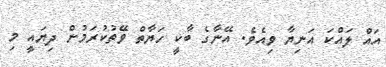
އައް ލައްކަ އަނިޔާ ވިއެވެ. އޭނާގެ ބާކީ ހަޔާތް ވޭތުކުރަމުން ދިޔައީ މި